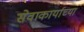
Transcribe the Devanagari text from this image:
सेवाकार्याच्या